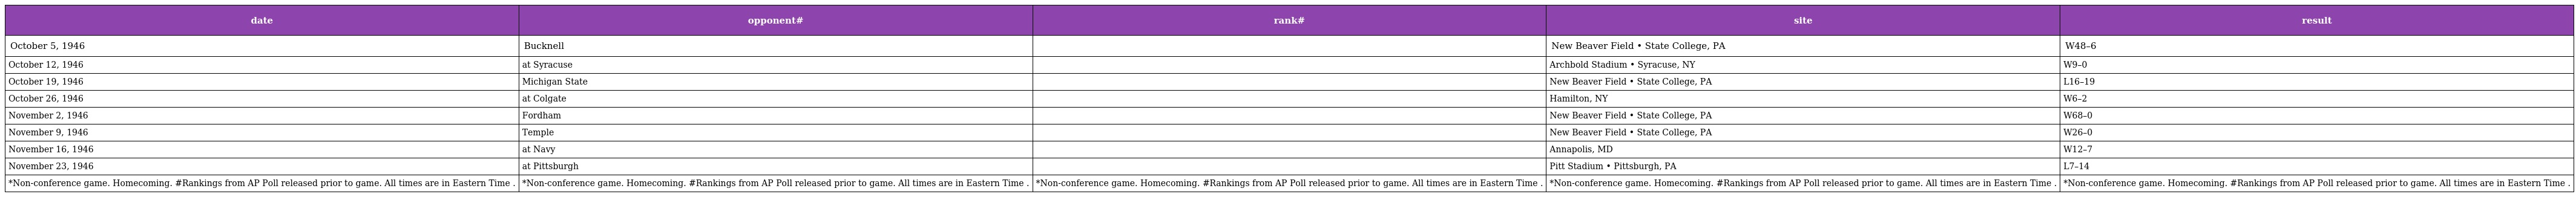
| date | opponent# | rank# | site | result |
 | --- | --- | --- | --- | --- |
 | October 5, 1946 | Bucknell |  | New Beaver Field • State College, PA | W48–6 |
 | October 12, 1946 | at Syracuse |  | Archbold Stadium • Syracuse, NY | W9–0 |
 | October 19, 1946 | Michigan State |  | New Beaver Field • State College, PA | L16–19 |
 | October 26, 1946 | at Colgate |  | Hamilton, NY | W6–2 |
 | November 2, 1946 | Fordham |  | New Beaver Field • State College, PA | W68–0 |
 | November 9, 1946 | Temple |  | New Beaver Field • State College, PA | W26–0 |
 | November 16, 1946 | at Navy |  | Annapolis, MD | W12–7 |
 | November 23, 1946 | at Pittsburgh |  | Pitt Stadium • Pittsburgh, PA | L7–14 |
 | *Non-conference game. Homecoming. #Rankings from AP Poll released prior to game. All times are in Eastern Time . | *Non-conference game. Homecoming. #Rankings from AP Poll released prior to game. All times are in Eastern Time . | *Non-conference game. Homecoming. #Rankings from AP Poll released prior to game. All times are in Eastern Time . | *Non-conference game. Homecoming. #Rankings from AP Poll released prior to game. All times are in Eastern Time . | *Non-conference game. Homecoming. #Rankings from AP Poll released prior to game. All times are in Eastern Time . |